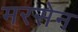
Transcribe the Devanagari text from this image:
मरसेन